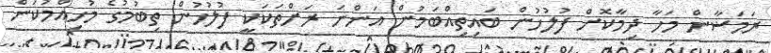
ރަމަޟާން މަހާ ދިމާކޮށް ފުލުހުން ބައިތިއްބަމުން އަންނަ ރަށްތަކަކީ ފުލުހުން ތިބުމުގެ މުހިއްމުކަން